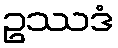
ဥဿဒံ